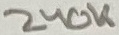
Text: 240K